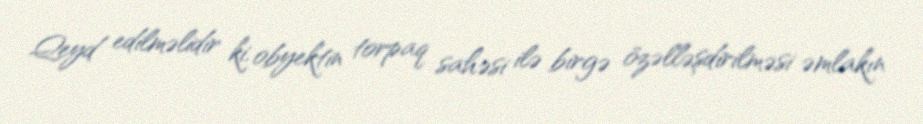
Qeyd edilməlidir ki, obyektin torpaq sahəsi ilə birgə özəlləşdirilməsi əmlakın